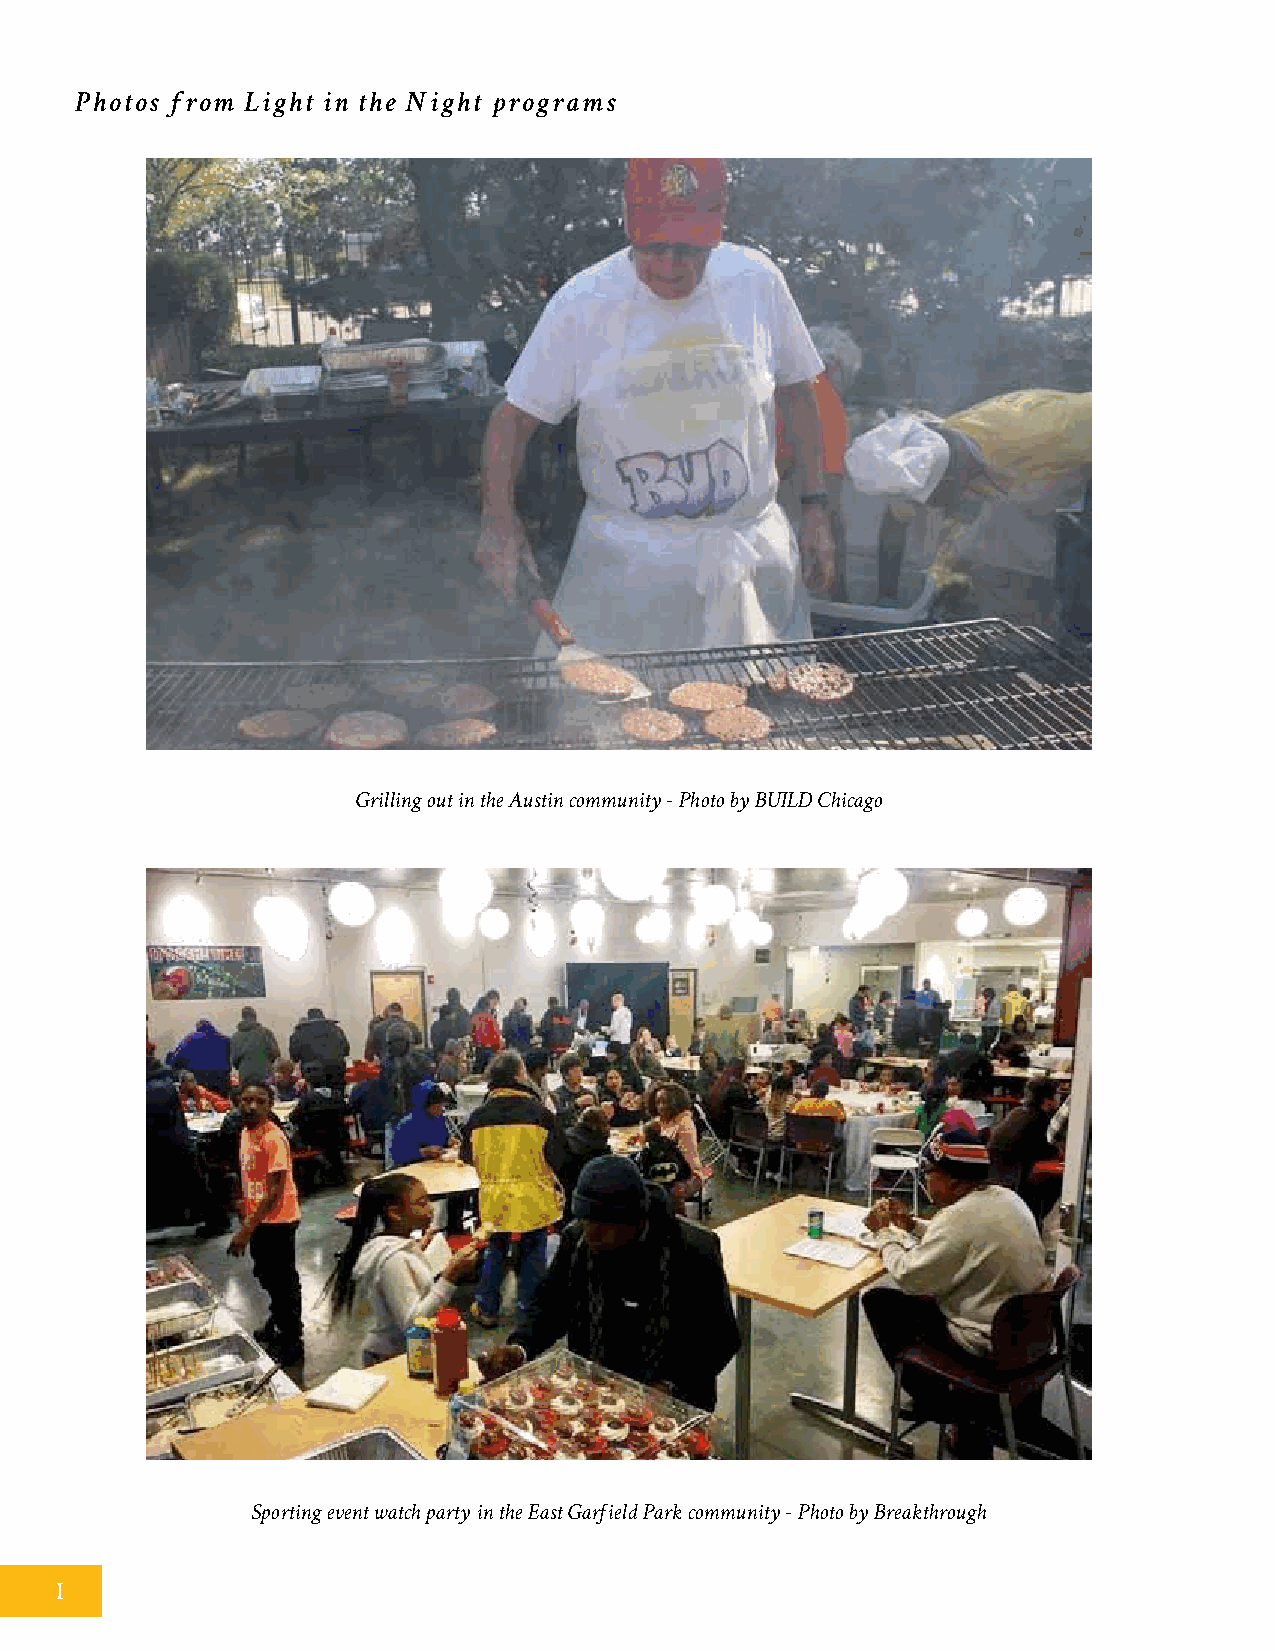
Photos from Light in the Night programs
 Grilling out in the Austin community - Photo by BUILD Chicago
 Sporting event watch party in the East Garfield Park community - Photo by Breakthrough
 I